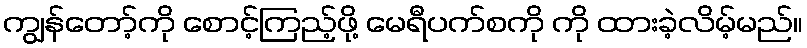
ကျွန်တော့်ကို စောင့်ကြည့်ဖို့ မေရီပက်စကို ကို ထားခဲ့လိမ့်မည်။